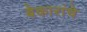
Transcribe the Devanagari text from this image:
बेकारांचे